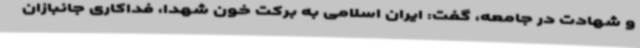
و شهادت در جامعه، گفت: ایران اسلامی به برکت خون شهدا، فداکاری جانبازان